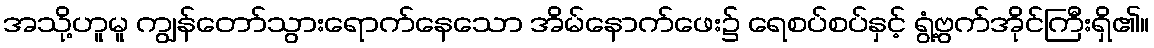
အသို့ဟူမူ ကျွန်တော်သွားရောက်နေသော အိမ်နောက်ဖေး၌ ရေစပ်စပ်နှင့် ရွံ့ဗွက်အိုင်ကြီးရှိ၏။